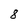
Character: 8